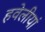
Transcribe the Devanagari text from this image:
हवेलीयां